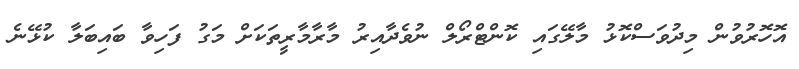
އޮހޮރުވުން މިދުވަސްކޮޅު މާލޭގައި ކޮންޓްރޯލް ނުވެދާއިރު މާރާމާރީތަކަށް މަގު ފަހިވާ ބައިބަލާ ކުޅޭނެ